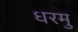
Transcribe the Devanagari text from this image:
धरमु